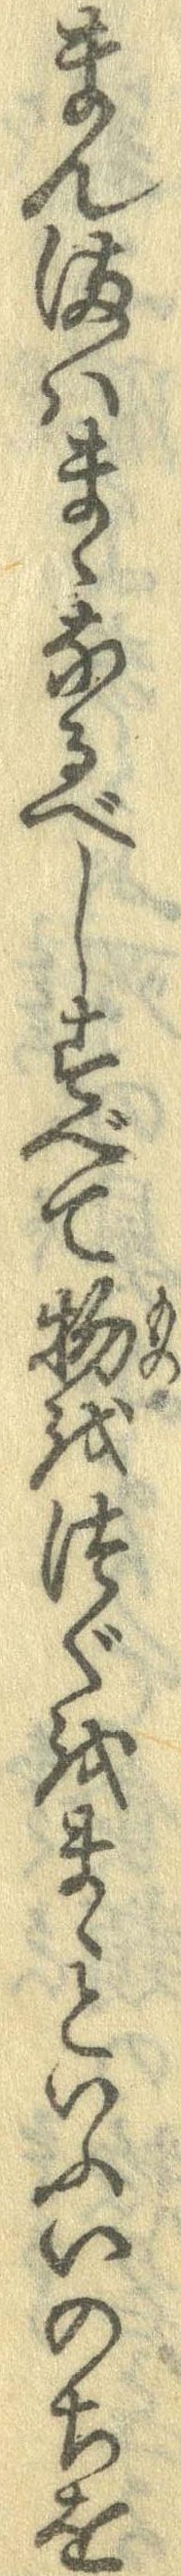
まんまはまゝなるべしすべて物をつぐをまゝといふいのちを